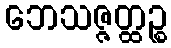
ဘေသဇ္ဇတ္ထဉ္စ